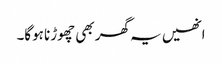
انھیں یہ گھر بھی چھوڑنا ہوگا۔